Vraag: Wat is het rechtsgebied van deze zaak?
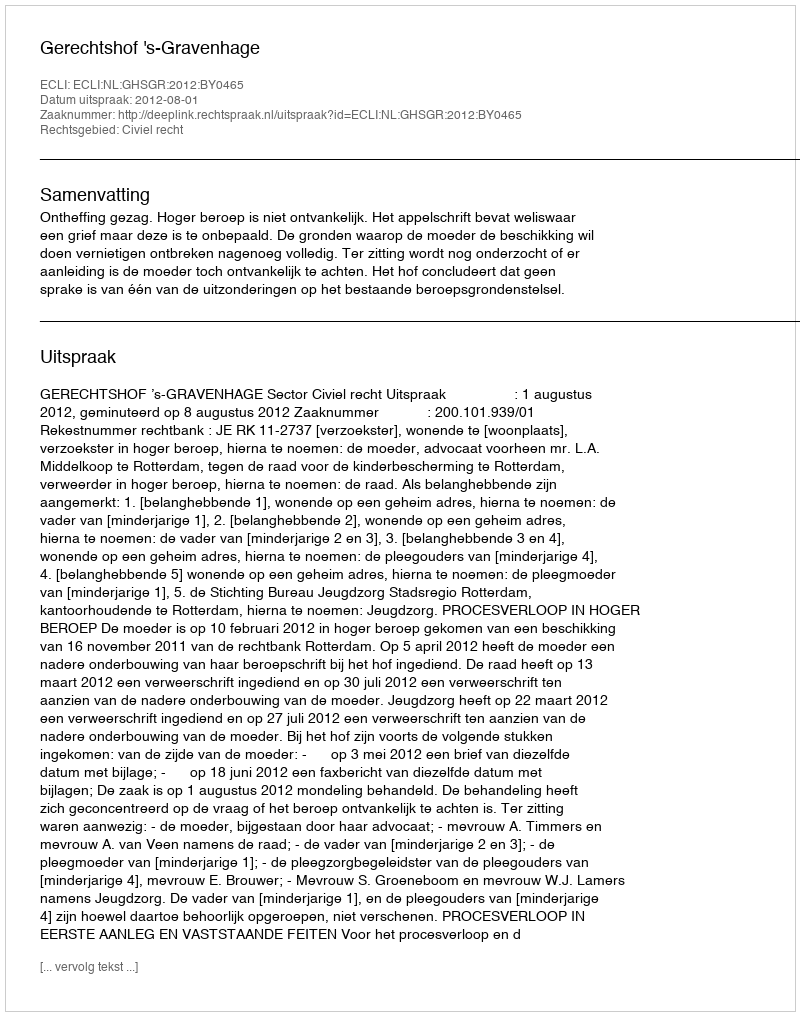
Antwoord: Civiel recht